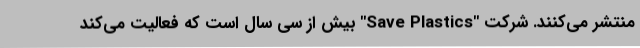
منتشر می‌کنند. شرکت "Save Plastics" بیش از سی سال است که فعالیت می‌کند